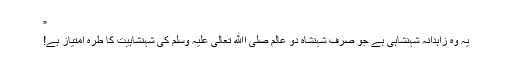
”
یہ وہ زاہدانہ شہنشاہی ہے جو صرف شہنشاہ دو عالم صلی اﷲ تعالیٰ علیہ وسلم کی شہنشاہیت کا طره امتیاز ہے!